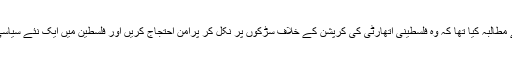
انہوں نے حال ہی میں عوام سے مطالبہ کیا تھا کہ وہ فلسطینی اتھارٹی کی کرپشن کے خلاف سڑکوں پر نکل کر پرامن احتجاج کریں اور فلسطین میں ایک نئے سیاسی نظام کے لیے جدو جہد کریں۔